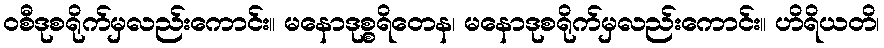
ဝစီဒုစရိုက်မှလည်းကောင်း။ မနောဒုစ္စရိတေန၊ မနောဒုစရိုက်မှလည်းကောင်း။ ဟိရိယတိ၊